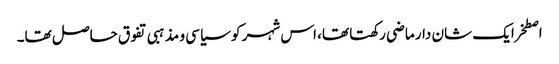
اصطخرایک شان دار ماضی رکھتا تھا، اس شہر کو سیاسی و مذہبی تفوق حاصل تھا۔